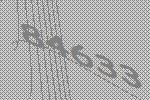
84633